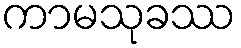
ကာမသုခဿ